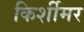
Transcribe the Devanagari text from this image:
किर्शीमर